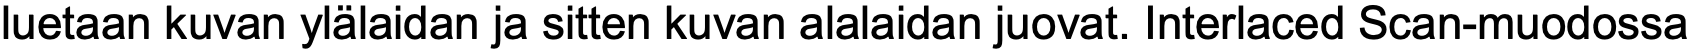
luetaan kuvan ylälaidan ja sitten kuvan alalaidan juovat. Interlaced Scan-muodossa